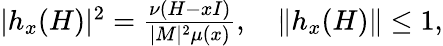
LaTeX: \begin{array}{r}{|h_{x}(H)|^{2}=\frac{\nu(H-xI)}{|M|^{2}\mu(x)},\quad\| h_{x}(H)\| \leq 1,}\end{array}